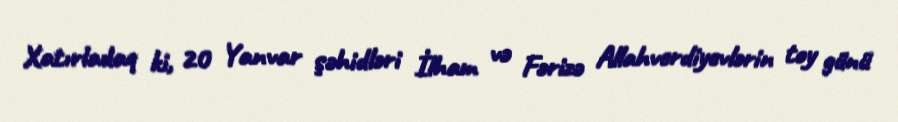
Xatırladaq ki, 20 Yanvar şəhidləri İlham və Fərizə Allahverdiyevlərin toy günü